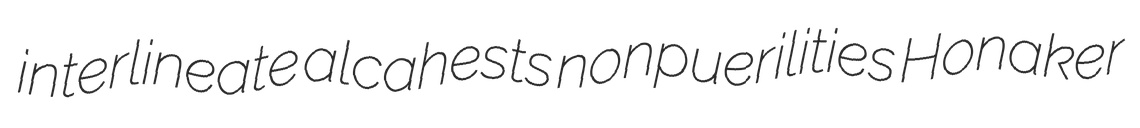
interlineate alcahests nonpuerilities Honaker